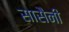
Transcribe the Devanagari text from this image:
सासैनी